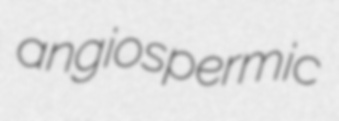
angiospermic